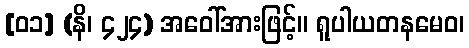
[၀၁] (နိ၊ ၄၂၄) အဝေါ်အားဖြင့်။ ရူပါယတနမေဝ၊